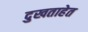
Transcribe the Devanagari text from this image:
दुखताहेत